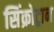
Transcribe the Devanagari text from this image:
सिंक्रोट्रान